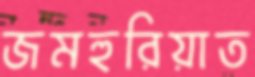
জমহুরিয়াত